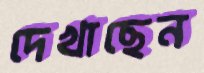
দেখাছেন